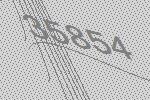
35854